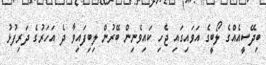
ބިދޭސީއެއްގެ ލޯބީގެ އަވައިގައި ޖެހި ކައިވެނިން ބޭރުން ލިބިފައިވާ ދެ އަހަރުގެ ދަރިފުޅު